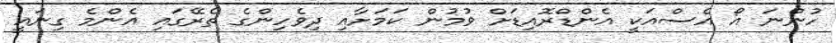
ހުންނަ އޯ އެސްއަކީ އެންޑްރޮއިޑަށް ވުމުން ކަމަށާއި ދިވެހިންގެ ތެރޭގައި އެންމެ ގިނައީ